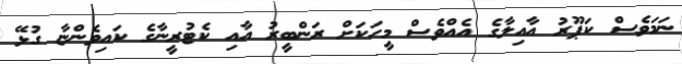
ނަމަވެސް ކަޕޫރު އާއިލާގެ އެއްވެސް މީހަކަށް ރަންބީރު އާއި ކެޓުރީނާގެ ކައިވެންޏާ ގުޅޭ